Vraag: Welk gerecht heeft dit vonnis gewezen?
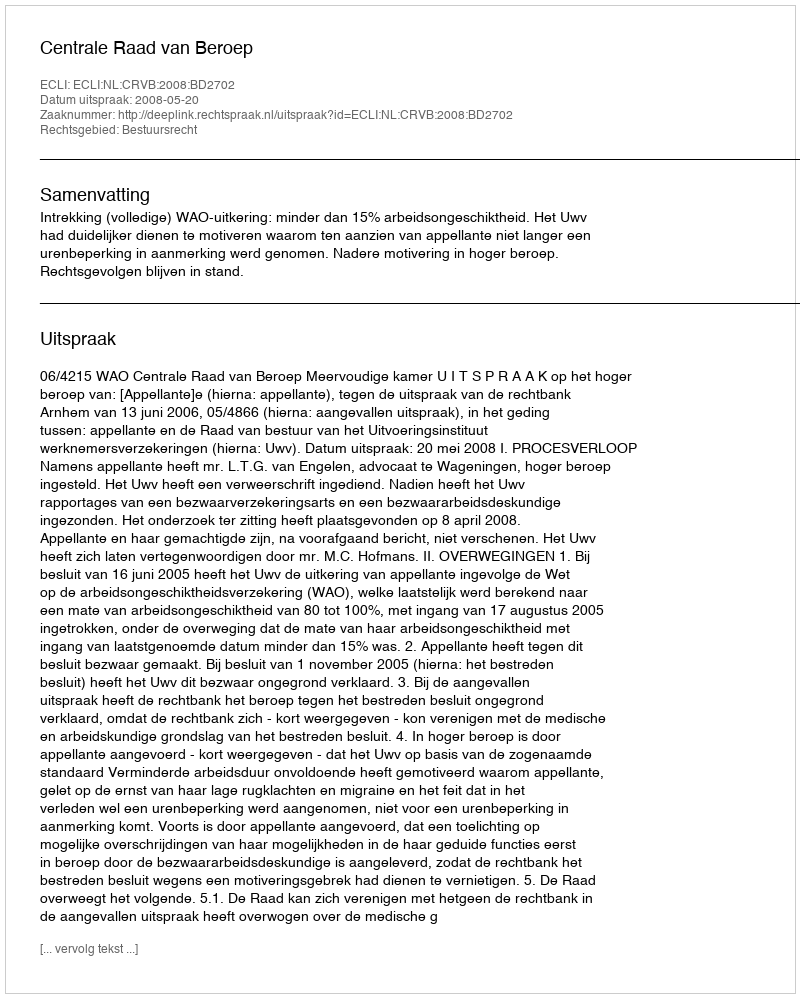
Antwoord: Centrale Raad van Beroep